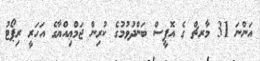
އަންނަ 31 މާރޗް ގެ އޮފީސް ބަންދުވުމުގެ ކުރިން ޖަމްޢިއްޔާގެ އަހަރީ ރިޕޯޓު